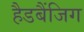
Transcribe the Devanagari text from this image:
हैडबैंजिग